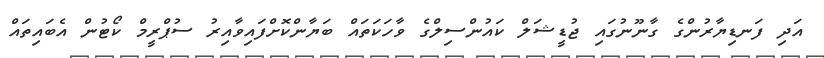
އަދި ފަނޑިޔާރުންގެ ގާނޫނުގައި ޖުޑީޝަލް ކައުންސިލްގެ ވާހަކަތައް ބަޔާންކޮށްފައިވާއިރު ސުޕްރީމް ކޯޓުން އެބައިތައް